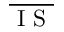
\overline { { \mathrm { ~ I ~ S ~ } } }